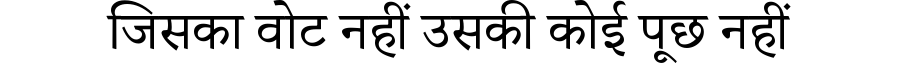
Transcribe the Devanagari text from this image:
जिसका वोट नहीं उसकी कोई पूछ नहीं